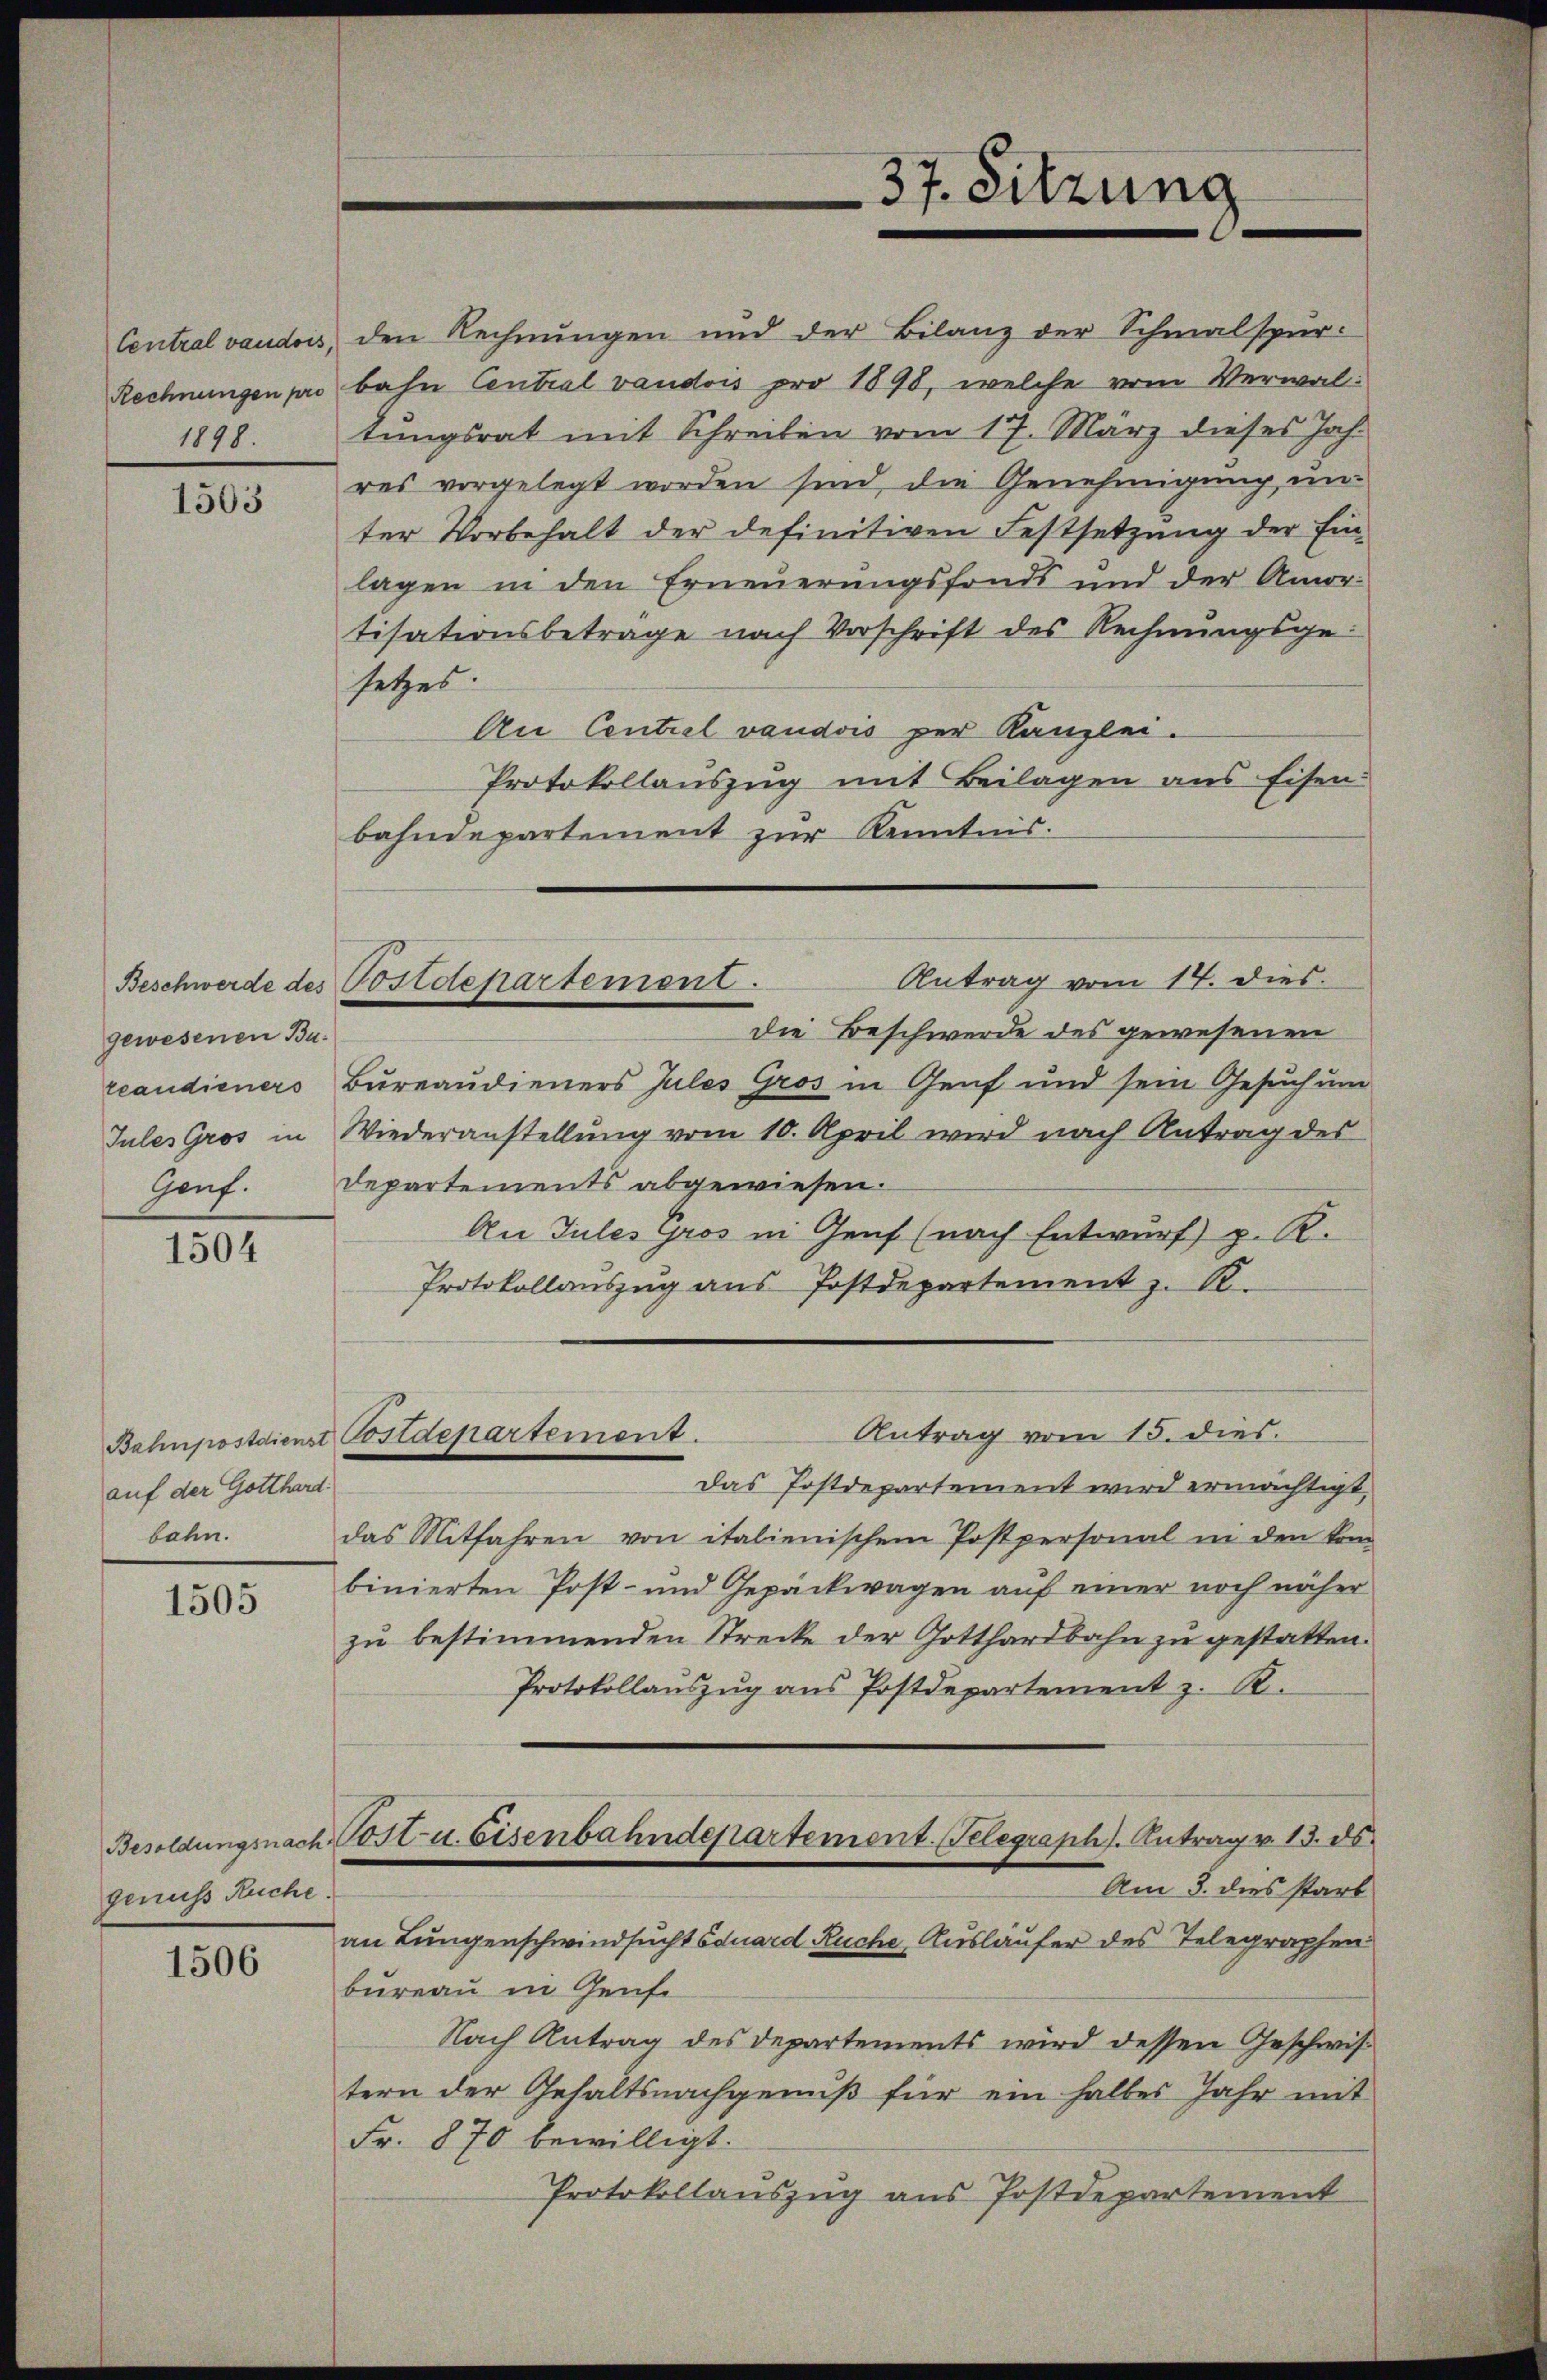
Central vaudois,
Rechnungen pro
1898.

1503

gewesenen Ba¬
Genf.

1504

auf der Gotthard.
bahn.

1505

genuss Ruche

1506

den Rechnungen und der Bilanz der Schmalspur-
bahn Central vaudois pro 1898, welche vom Verwaltungsrat mit Schreiben vom 17. März dieses Jahr
res vorgelegt worden sind, die Genehmigung un-
ter Vorbehalt der definitiven Festsetzŭng der Ein-
lagen in den Erneuerungsfonds und der Amor-
tisationsbetrage nach Vorschrift des Rechnungsge
setzes:
An Centiel vaudois per Kanzlei.
Protokollauszug mit Beilagen aus Eisen
bahndepartement zur Kenntnis.

Die Beschwerde des gewesenen
reaudieners Bureaudieners Jules Gros in Genf und sein Gesuch um
Jules Gros in Wiederanstellung vom 10. April wird nach Antrag des
Departements abgewiesen.
An Tules Gros in Genf (nach Entwurf) p. R.
Protokollauszug aus Postdepartement z. R.
Das Postdepartement wird ermächtigt,
das Mitfahren von italienischem Postpersonal in den kom
binierten Post- und Gepäckwagen auf einer noch näher
zŭ bestimmenden Strecke der Gotthardbahn zŭ gestatten.
Protokollaŭszŭg ans Postdepartement z. B.
Besoldŭngsnach Post u. Eisenbahndepartement. Telegraphs Antrag v. 13. 85.
Am 8. dies starb
an Lungenschwindsucht Eduard Ruche Ausläufer des Telegraphen
bureau in Genfe
Nach Antrag des Departements wird dessen Geschwis
tern der Gehaltsnachgenuß für ein halbes Jahr mit
Fr. 870 bewilligt.
Protokollauszug aus Postdepartement

Antrag vom 14. dies
Beschwerde des Postdepartement.

Antrag vom 15. dies
Bahnpostdienst Postdepartement.

37. Sitzung